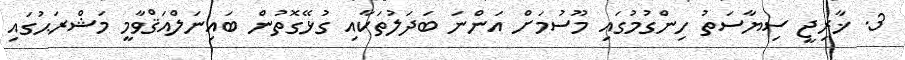
3. ޚާރިޖީ ސިޔާސަތު ހިންގުމުގައި މޫސުމަށް އަންނަ ބަދަލުތަކާއި ގުޅޭގޮތުން ބައިނަލްއަޤްވާމީ މަޝްރަޙުގައި